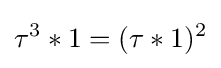
\tau ^{3}*1=(\tau *1)^{2}